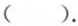
（）。